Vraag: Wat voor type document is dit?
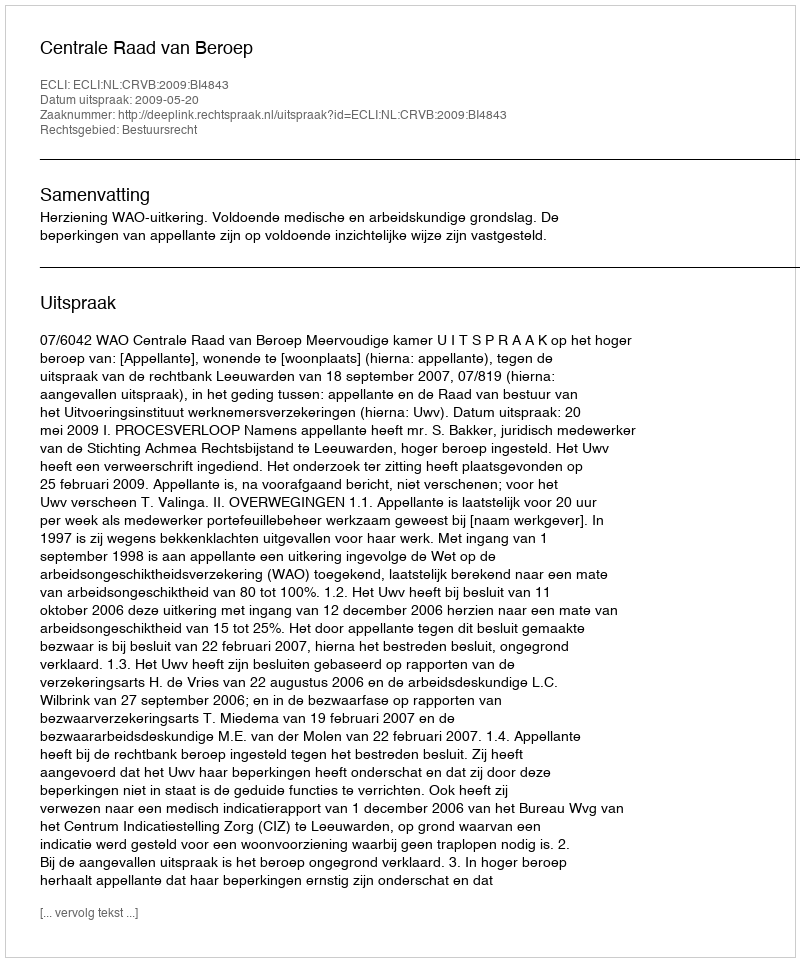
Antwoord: Uitspraak